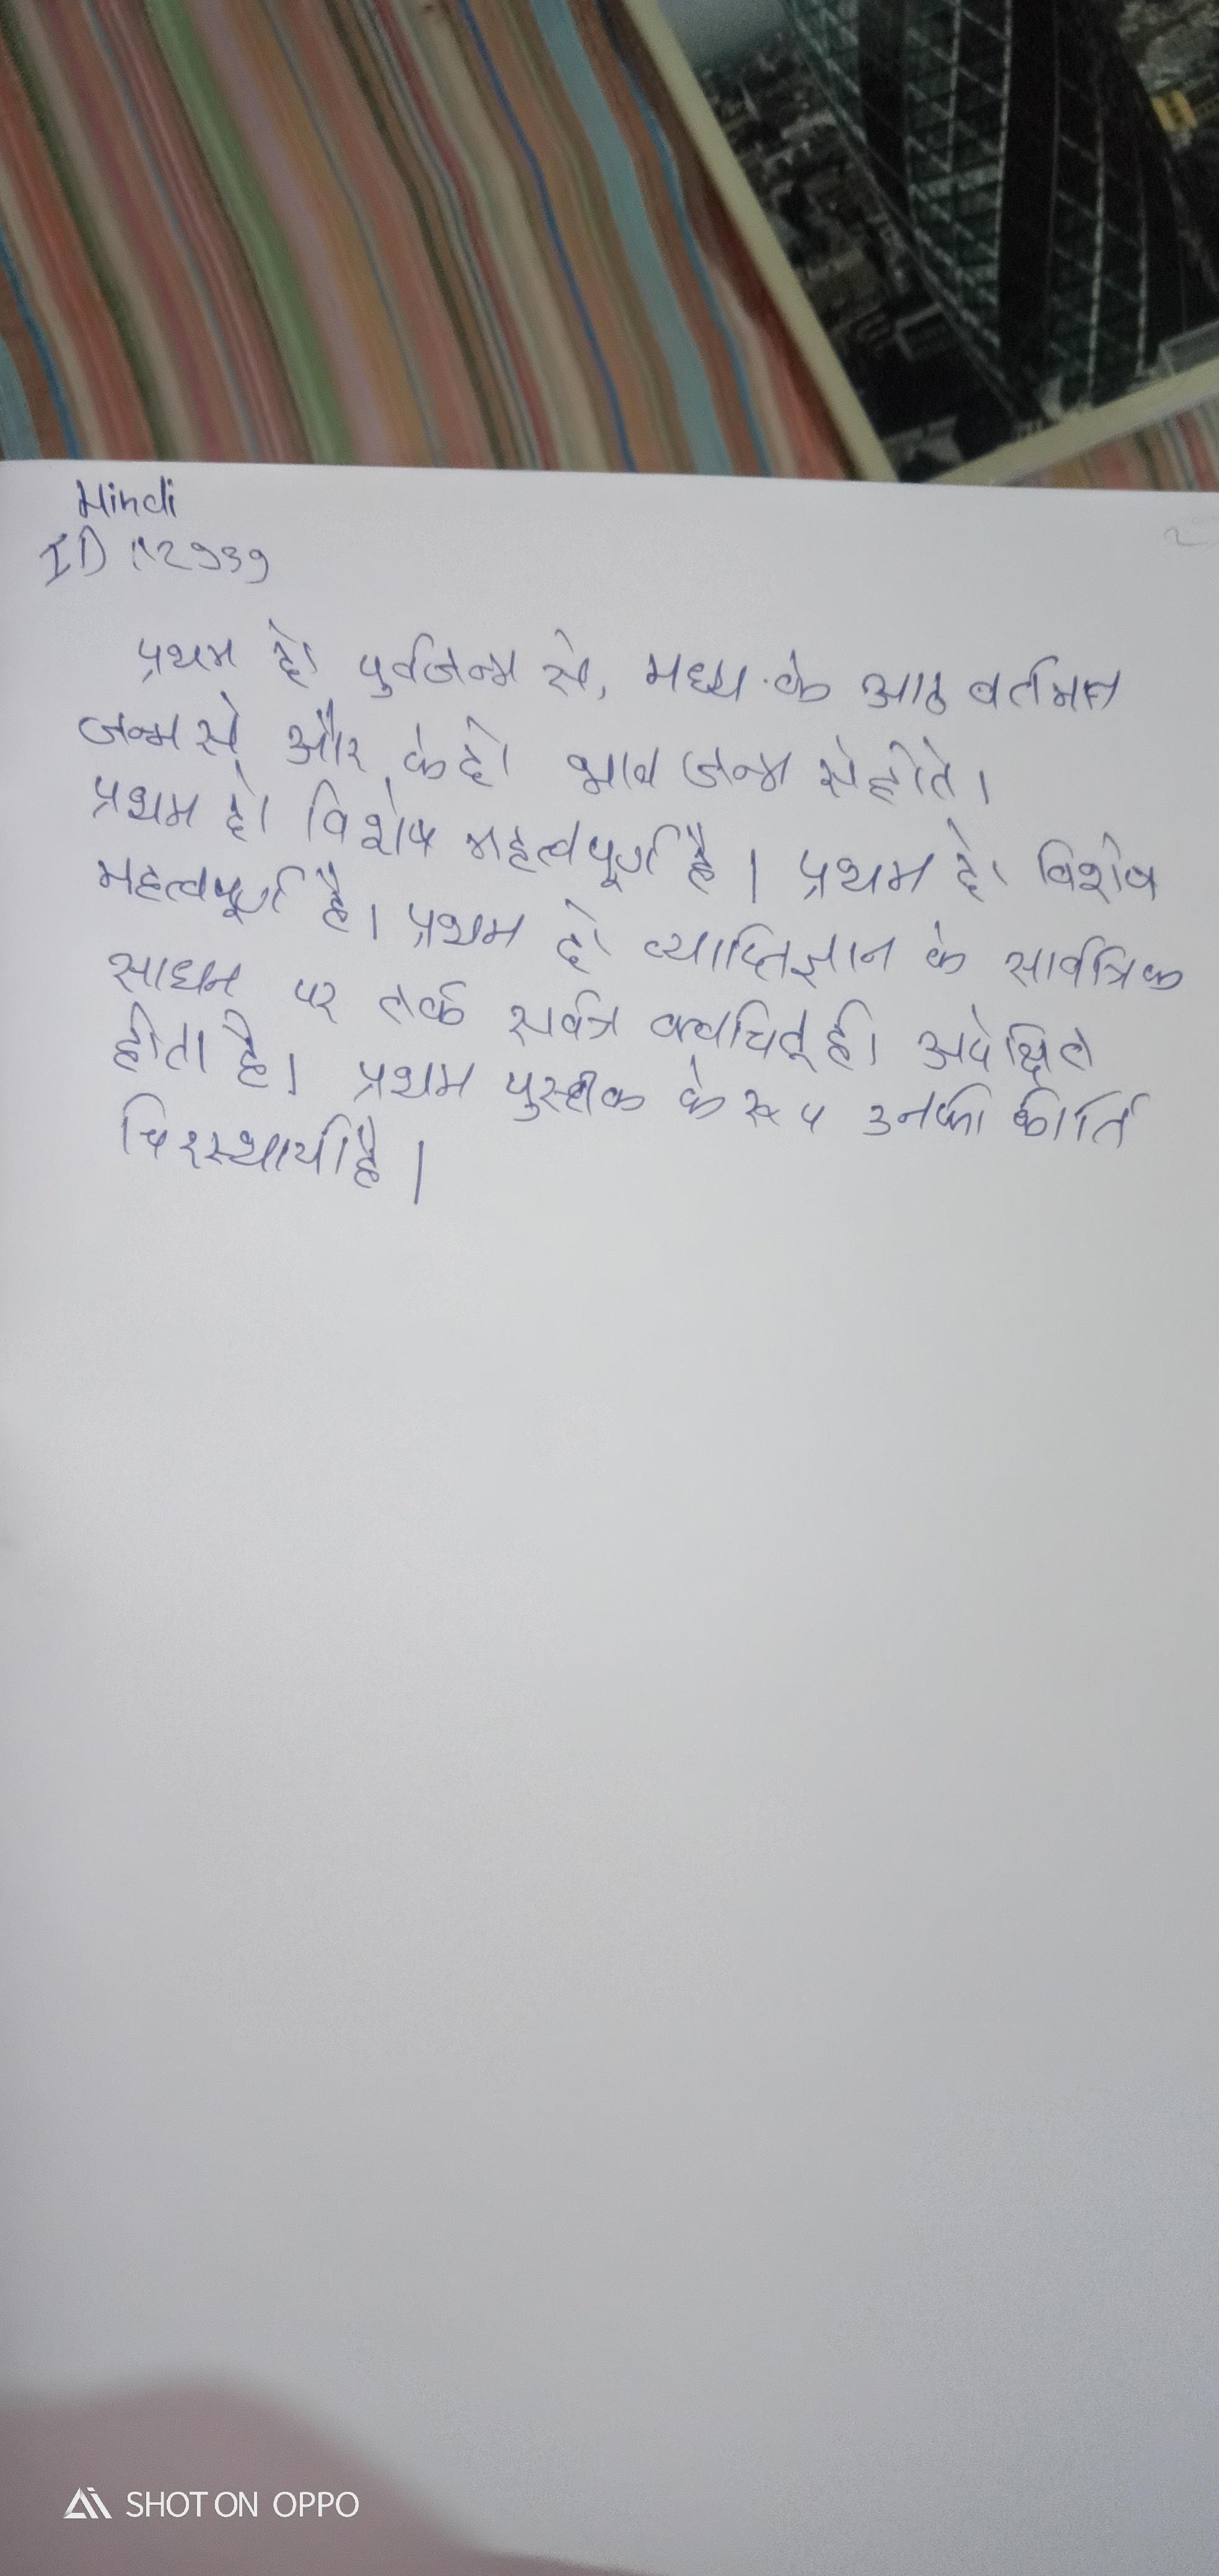
प्रथम दो पूर्वजन्म से, मध्य के आठ वर्तमान जन्म से और के दो भाव जन्म से होते । प्रथम दो विशेष महत्वपूर्ण है । प्रथम दो व्याप्तिज्ञान के सार्वत्रिक साधन पर तर्क सर्वत्र क्वचित् ही अपेक्षित होता है । प्रथम पुस्तक के रूप उनकी कीर्ति चिरस्थायी है ।